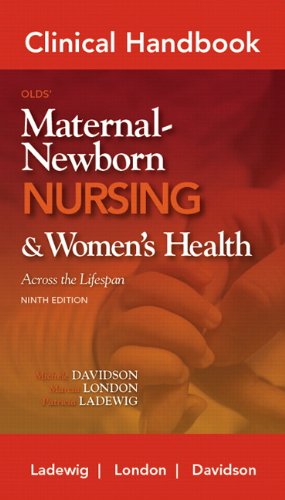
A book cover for Clinical Handbook for Olds' Maternal-Newborn Nursing (Davidson, Clinical Handbook Olds' Maternal -Newborn Nursing); Michele C. Davidson; Medical Books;